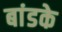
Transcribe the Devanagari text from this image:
बांडके